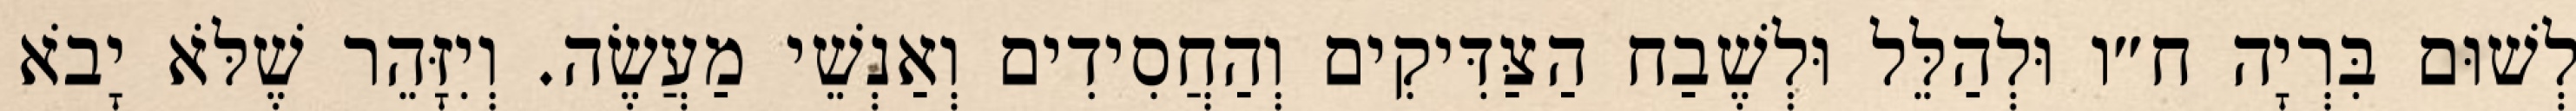
לְשׁוּם בִּרְיָה ח״ו וּלְהַלֵּל וּלְשֶׁבַח הַצַּדִּיקִים וְהַחֲסִידִים וְאַנְשֵׁי מַעֲשֶׂה. וְיִזָּהֵר שֶׁלֹּא יָבֹא